Vaccination in the Punjab 1867-1880 - 1867-1880
Year: 1867
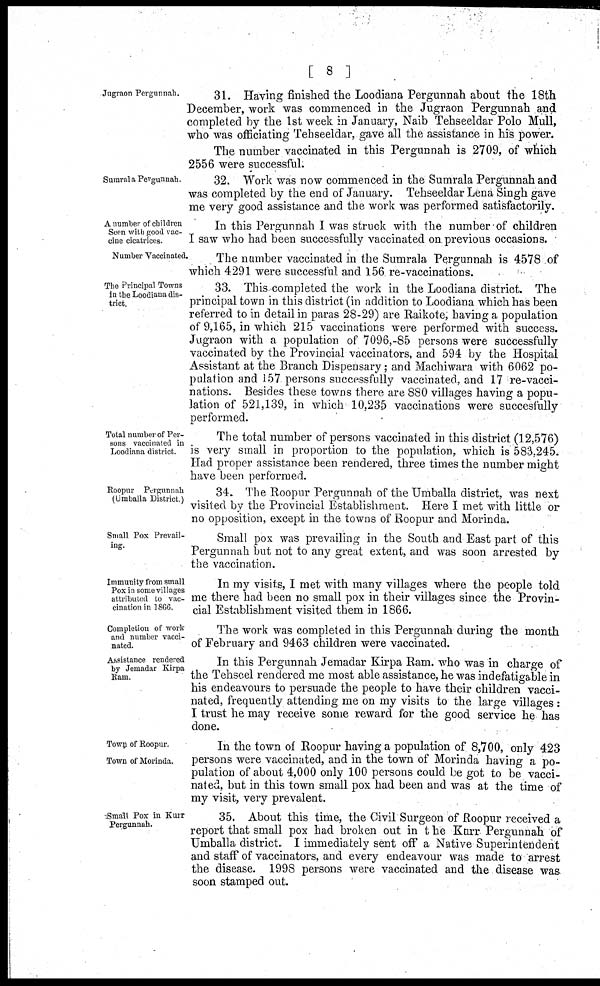
[ 8 ]
Jugraon Pergunnah.
31. Having finished the Loodiana Pergunnah about the 18th
December, work was commenced in the Jugraon Pergunnah and
completed by the 1st week in January, Naib Tehseeldar Polo Mull,
who was officiating Tehseeldar, gave all the assistance in his power.
The number vaccinated in this Pergunnah is 2709, of which
2556 were successful.
Sumrala Pergunnah.
32. Work was now commenced in the Sumrala Pergunnah and
was completed by the end of January. Tehseeldar Lena Singh gave
me very good assistance and the work was performed satisfactorily.
A number of children
Seen with good vac-
cine cicatrices.
In this Pergunnah I was struck with the number of children
I saw who had been successfully vaccinated on previous occasions.
Number Vaccinated.
The number vaccinated in the Sumrala Pergunnah is 4578 of
which 4291 were successful and 156 re-vaccinations.
The Principal Towns
in the Loodiana dis-
trict.
33. This completed the work in the Loodiana district. The
principal town in this district (in addition to Loodiana which has been
referred to in detail in paras 28-29) are Raikote, having a population
of 9,165, in which 215 vaccinations were performed with success.
Jugraon with a population of 7096,-85 persons were successfully
vaccinated by the Provincial vaccinators, and 594 by the Hospital
Assistant at the Branch Dispensary; and Machiwara with 6062 po-
pulation and 157 persons successfully vaccinated, and 17 re-vacci-
nations. Besides these towns there are 880 villages having a popu-
lation of 521,139, in which 10,235 vaccinations were succesfully
performed.
Total number of Per-
sons vaccinated in
Loodiana district.
The total number of persons vaccinated in this district (12,576)
is very small in proportion to the population, which is 583,245.
Had proper assistance been rendered, three times the number might
have been performed.
Roopur Pergunnah
(Umballa District.)
34. The Roopur Pergunnah of the Umballa district, was next
visited by the Provincial Establishment. Here I met with little or
no opposition, except in the towns of Roopur and Morinda.
Small Pox Prevail-
ing.
Small pox was prevailing in the South and East part of this
Pergunnah but not to any great extent, and was soon arrested by
the vaccination.
Immunity from small
Pox in some villages
attributed to vac-
cination in 1866.
In my visits, I met with many villages where the people told
me there had been no small pox in their villages since the Provin-
cial Establishment visited them in 1866.
Completion of work
and number vacci-
nated.
The work was completed in this Pergunnah during the month
of February and 9463 children were vaccinated.
Assistance rendered
by Jemadar Kirpa
Ram.
In this Pergunnah Jemadar Kirpa Ram. who was in charge of
the Tehseel rendered me most able assistance, he was indefatigable in
his endeavours to persuade the people to have their children vacci-
nated, frequently attending me on my visits to the large villages :
I trust he may receive some reward for the good service he has
done.
Town of Roopur.
Town of Morinda.
In the town of Roopur having a population of 8,700, only 423
persons were vaccinated, and in the town of Morinda having a po-
pulation of about 4,000 only 100 persons could be got to be vacci-
nated, but in this town small pox had been and was at the time of
my visit, very prevalent.
Small Pox in Kurr
Pergunnah.
35. About this time, the Civil Surgeon of Roopur received a
report that small pox had broken out in the Kurr Pergunnah of
Umballa district. I immediately sent off a Native Superintendent
and staff of vaccinators, and every endeavour was made to arrest
the disease. 1998 persons were vaccinated and the disease was
soon stamped out.